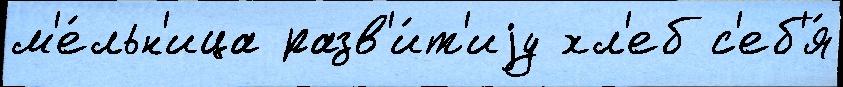
м'е́льн'ица разв'и́т'иjу хл'еб с'еб'я́